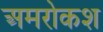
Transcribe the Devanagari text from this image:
अमरोकश